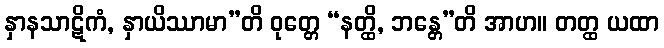
နှာနသာဋိကံ, နှာယိဿာမာ”တိ ဝုတ္တေ “နတ္ထိ, ဘန္တေ”တိ အာဟ။ တတ္ထ ယထာ